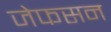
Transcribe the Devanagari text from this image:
जेफसन